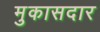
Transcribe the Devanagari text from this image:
मुकासदार